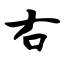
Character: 右